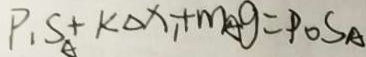
P _ { 1 } S _ { A } + k \Delta x _ { 1 } + m _ { A } g = P O S A